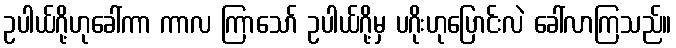
ဥပါယ်ဂို့ဟုခေါ်ကာ ကာလ ကြာသော် ဥပါယ်ဂို့မှ ပဂိုးဟုပြောင်းလဲ ခေါ်လာကြသည်။